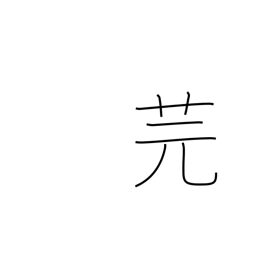
Meaning: type of vetch